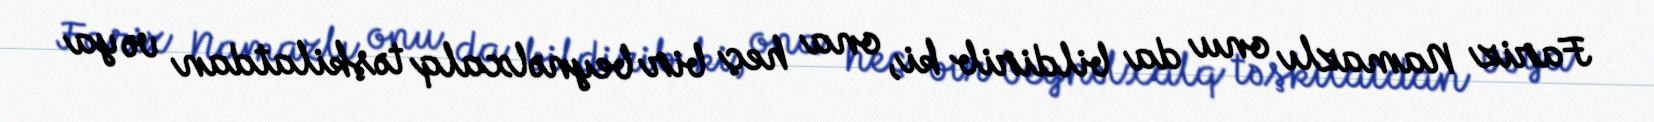
Fariz Namazlı onu da bildirib ki, ona heç bir beynəlxalq təşkilatdan və ya